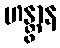
ဟန္တွာန